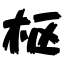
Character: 枢